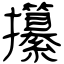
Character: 攥